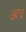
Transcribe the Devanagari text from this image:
आध्रं